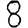
Digit: 8